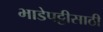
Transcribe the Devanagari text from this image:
भाडेपट्टीसाठी